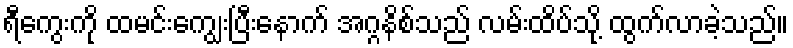
ရီကွေးကို ထမင်းကျွေးပြီးနောက် အဂ္ဂနိစ်သည် လမ်းထိပ်သို့ ထွက်လာခဲ့သည်။